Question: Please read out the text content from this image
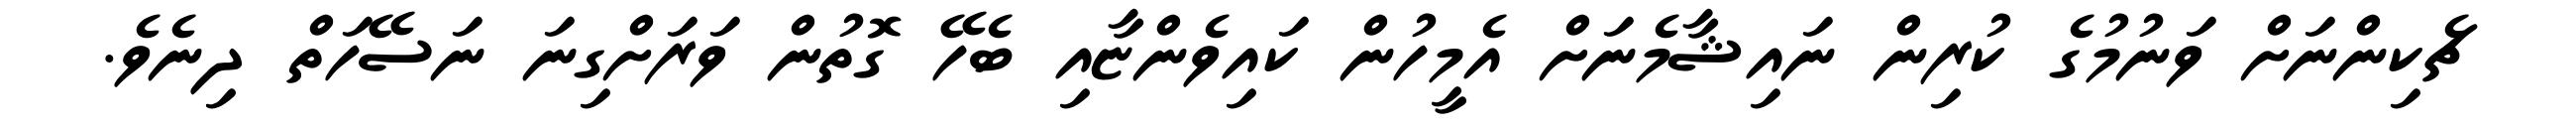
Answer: ޗެކިންނަށް ވަނުމުގެ ކުރިން ނައިޝާމެނަށް އެމީހުން ކައިވެންޏާއި ބެހޭ ގޮތުން ވަރަށްގިނަ ނަސޭހަތް ދިނެވެ.